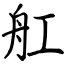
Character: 舡